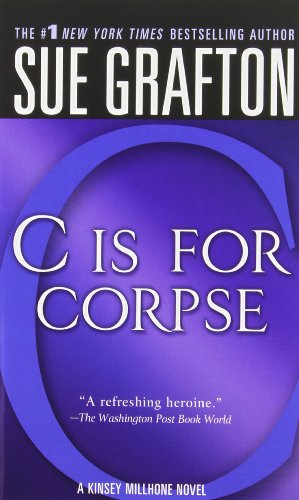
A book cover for "C" Is for Corpse (Kinsey Millhone Alphabet Mysteries); Sue Grafton; Mystery, Thriller & Suspense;